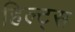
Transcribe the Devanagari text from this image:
हिल्ट्स